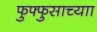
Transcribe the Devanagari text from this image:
फुफ्फुसाच्याा